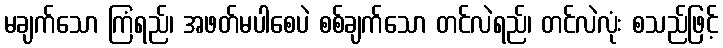
မချက်သော ကြံရည်၊ အဖတ်မပါစေပဲ စစ်ချက်သော တင်လဲရည်၊ တင်လဲလုံး စသည်ဖြင့်